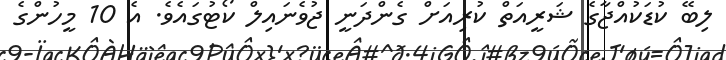
ލިބޭ ކުޑަކުއްޖާގެ ޝަރީއަތް ކުރިއަށް ގެންދަނީ ޖުވެނައިލް ކޯޓުގައެވެ. އެ 10 މީހުންގެ